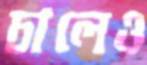
চালেও